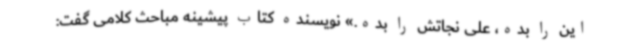
این را بده، علی نجاتش را بده.» نویسنده کتاب پیشینه مباحث کلامی گفت: